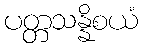
ပတ္တသန္နိစယံ